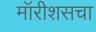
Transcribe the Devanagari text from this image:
मॉरीशसचा